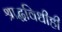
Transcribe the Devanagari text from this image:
श्राद्धविधीही